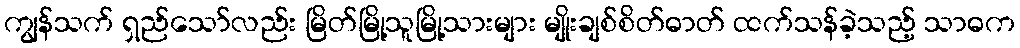
ကျွန်သက် ရှည်သော်လည်း မြိတ်မြို့သူမြို့သားများ မျိုးချစ်စိတ်ဓာတ် ထက်သန်ခဲ့သည့် သာဓက